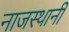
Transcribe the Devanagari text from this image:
नाजस्थानी